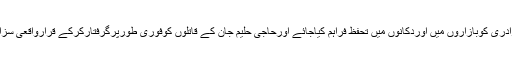
اورتاجربرادری کوبازاروں میں اوردکانوں میں تحفظ فراہم کیاجائے اورحاجی حلیم جان کے قاتلوں کوفوری طورپرگرفتارکرکے قرارواقعی سزادی جائے۔